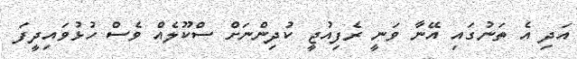
އަދި އެ ތަނުގައި އޭނާ ވަނީ ރެފިއުޖީ ކުދިންނަށް ސްކޫލެއް ވެސް ހުޅުވައިދީފަ